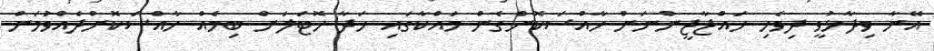
އޭނާ ވިދާޅުވީ ދިވެހި ހައްޖާޖީންނަށް ހާއްސަކޮށްގެން މައްކާގައި ހަދާ ހޮޓަލަށް ބިމެއް ހާއްސަކޮށްދެއްވުމަށް